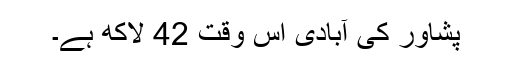
پشاور کی آبادی اس وقت 42 لاکھ ہے۔